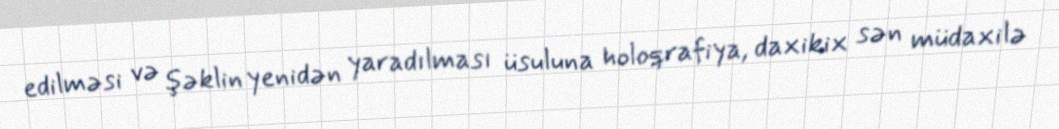
edilməsi və şəklin yenidən yaradılması üsuluna holoqrafiya, daxikix sən müdaxilə